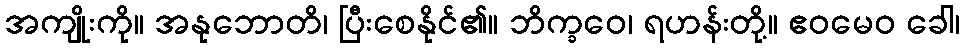
အကျိုးကို။ အနုဘောတိ၊ ပြီးစေနိုင်၏။ ဘိက္ခဝေ၊ ရဟန်းတို့။ ဧဝမေဝ ခေါ၊